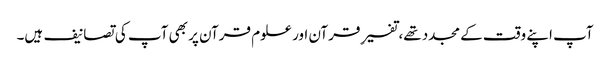
آپ اپنے وقت کے مجدد تھے، تفسیرِ قرآن اور علوم قرآن پر بھی آپ کی تصانیف ہیں۔